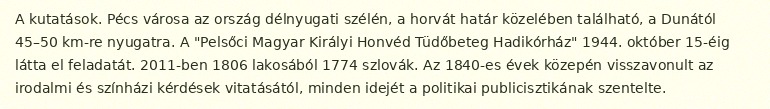
A kutatások. Pécs városa az ország délnyugati szélén, a horvát határ közelében található, a Dunától 45–50 km-re nyugatra. A "Pelsőci Magyar Királyi Honvéd Tüdőbeteg Hadikórház" 1944. október 15-éig látta el feladatát. 2011-ben 1806 lakosából 1774 szlovák. Az 1840-es évek közepén visszavonult az irodalmi és színházi kérdések vitatásától, minden idejét a politikai publicisztikának szentelte.